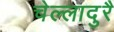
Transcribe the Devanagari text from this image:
चेल्लादुरै